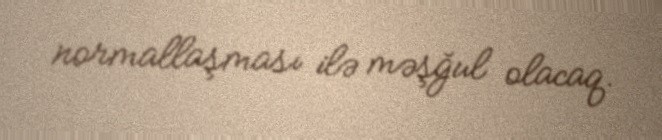
normallaşması ilə məşğul olacaq.